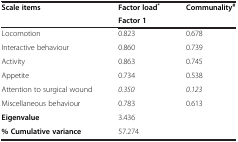
<table><thead><tr><td rowspan="2"><b>Scale items</b></td><td><b>Factor load<sup>*</sup></b></td><td rowspan="2"><b>Communality<sup>#</sup></b></td></tr><tr><td><b>Factor 1</b></td></tr></thead><tbody><tr><td>Locomotion</td><td>0.823</td><td>0.678</td></tr><tr><td>Interactive behaviour</td><td>0.860</td><td>0.739</td></tr><tr><td>Activity</td><td>0.863</td><td>0.745</td></tr><tr><td>Appetite</td><td>0.734</td><td>0.538</td></tr><tr><td>Attention to surgical wound</td><td><i>0.350</i></td><td><i>0.123</i></td></tr><tr><td>Miscellaneous behaviour</td><td>0.783</td><td>0.613</td></tr><tr><td><b>Eigenvalue</b></td><td>3.436</td><td></td></tr><tr><td><b>% Cumulative variance</b></td><td>57.274</td><td></td></tr></tbody></table>